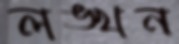
লঙ্খন